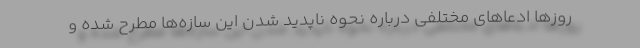
روزها ادعاهای مختلفی درباره نحوه ناپدید شدن این سازه‌ها مطرح شده و